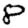
Digit: 8